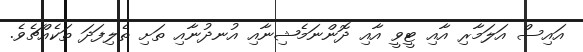
އައިސް އަލަމާރި އާއި ޓީވީ އާއި ދޮންނަމެޝިނާއި އުނދުނާއި ތަށި ތެލިފަދަ ތަކެއްޗެވެ.